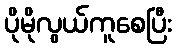
ပိုမိုလွယ်ကူစေပြီး